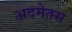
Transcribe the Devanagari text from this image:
अदमेतस